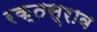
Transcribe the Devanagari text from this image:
रक्‍तस्राव